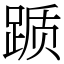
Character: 踬